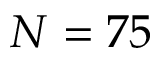
N = 7 5